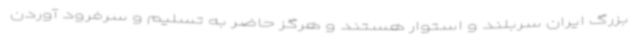
بزرگ ایران سربلند و استوار هستند و هرگز حاضر به تسلیم و سرفرود آوردن